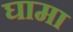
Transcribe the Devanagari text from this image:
घामा